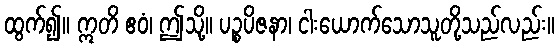
ထွက်၍။ ဣတိ ဧဝံ၊ ဤသို့။ ပဉ္စပိဇနာ၊ ငါးယောက်သောသူတို့သည်လည်း။